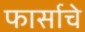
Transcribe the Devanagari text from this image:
फार्साचे